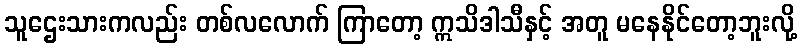
သူဌေးသားကလည်း တစ်လလောက် ကြာတော့ ဣသိဒါသီနှင့် အတူ မနေနိုင်တော့ဘူးလို့